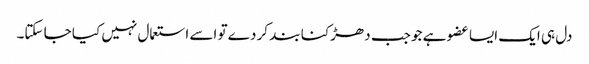
دل ہی ایک ایسا عضو ہے جو جب دھڑکنا بند کر دے تو اسے استعمال نہیں کیا جا سکتا۔